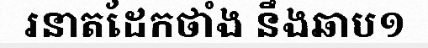
រនាតដែកថាំង នឹងឆាប១